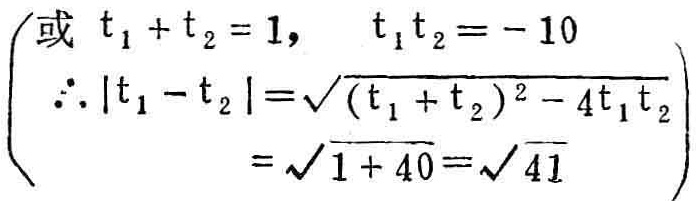
\[

\begin{cases}

\text{或 } t_1 + t_2 = 1, \quad t_1t_2 = - 10\\

\therefore |t_1 - t_2|=\sqrt{(t_1 + t_2)^2 - 4t_1t_2}\\

\quad\quad\quad\quad=\sqrt{1 + 40}=\sqrt{41}

\end{cases}

\]